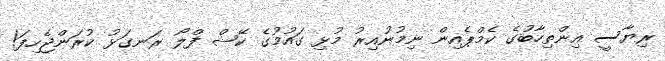
ރިޔާސީ އިންތިހާބުގެ ކެމްޕެއިން ނިމުނުއިރު މުޅި ގައުމުގެ ކޭޝް ފްލޯ ރަނގަޅު ކުރަންޖެހިފަ!